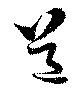
送